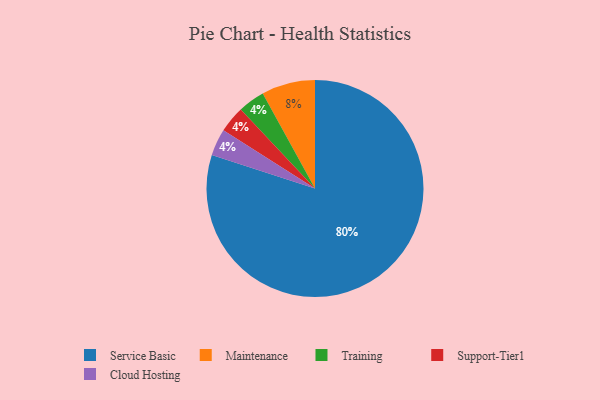
{"axis": {"x": "Category", "y": "Percentage"}, "legend": ["Cloud Hosting", "Maintenance", "Service Basic", "Support-Tier1", "Training"], "data": [{"x": "Training", "y": 4, "type": "Training"}, {"x": "Support-Tier1", "y": 4, "type": "Support-Tier1"}, {"x": "Service Basic", "y": 80, "type": "Service Basic"}, {"x": "Maintenance", "y": 8, "type": "Maintenance"}, {"x": "Cloud Hosting", "y": 4, "type": "Cloud Hosting"}]}